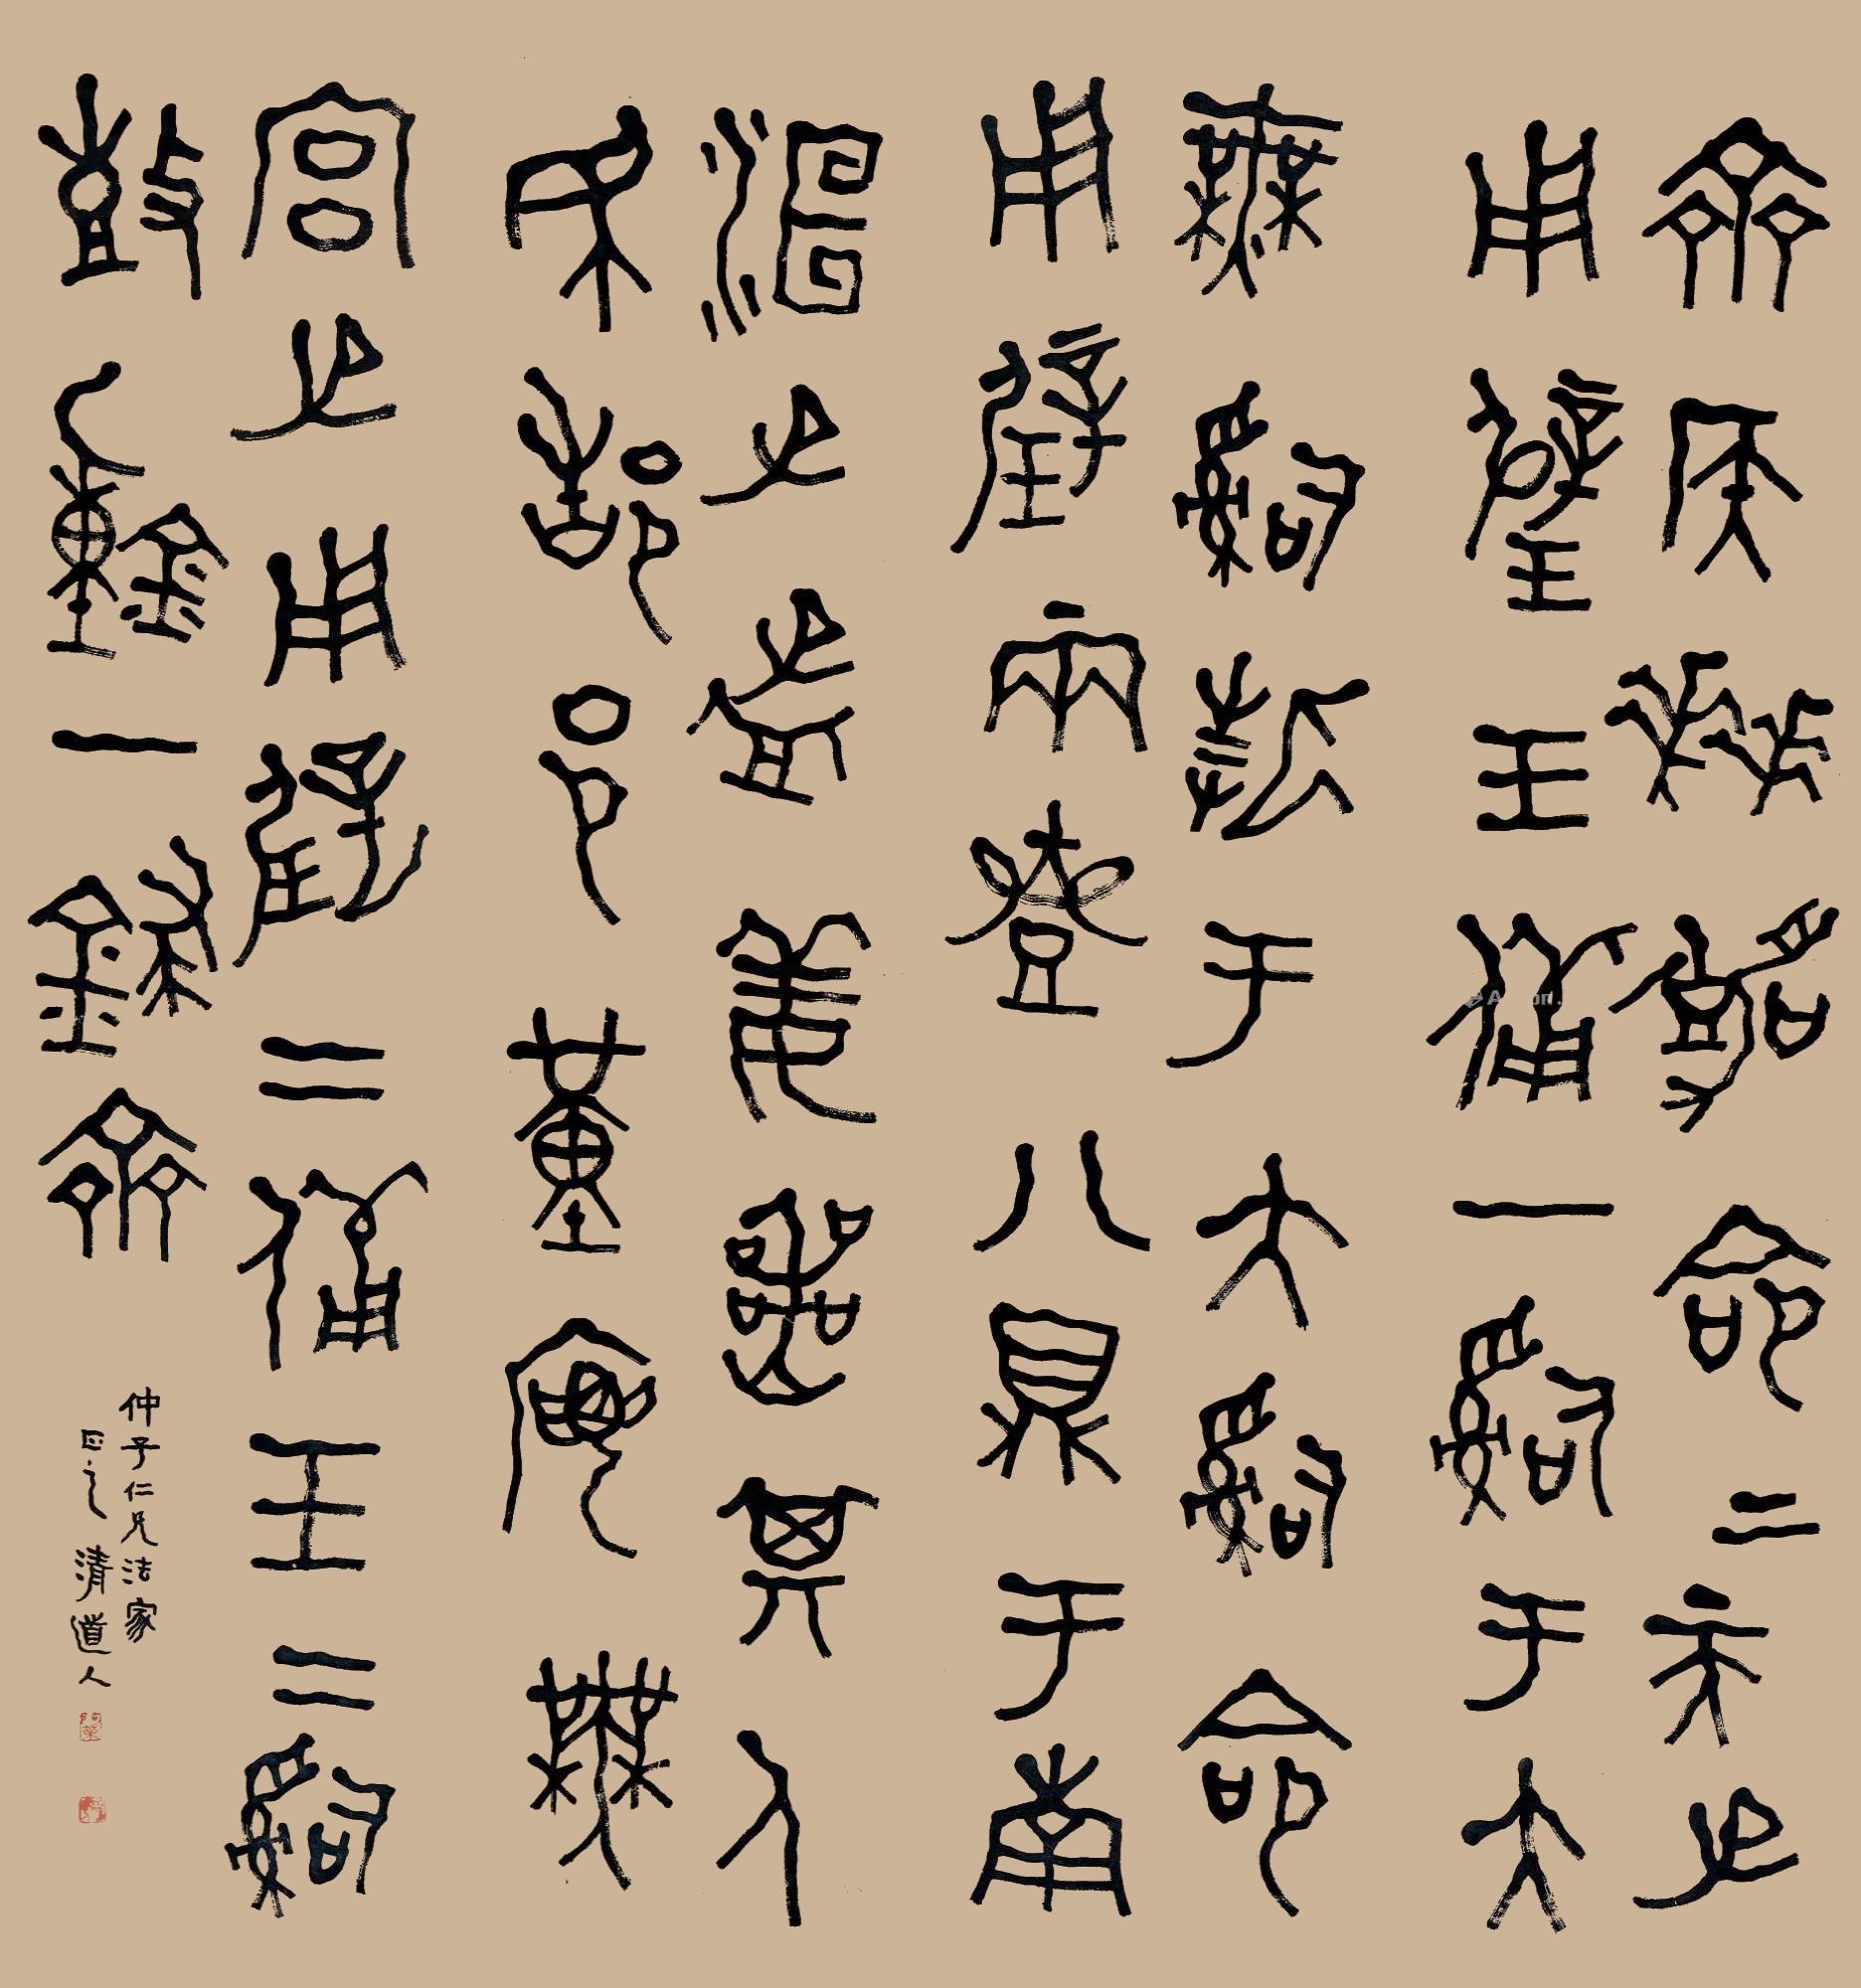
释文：（洹子孟姜丧，其人民、聚邑堇𪧘。）齐侯拜嘉命。上天子用璧、玉备一司，于大无、司折、于大司命用璧、两壶八鼎，于南宫子用璧二、备玉二司、鼓钟一銉。齐。仲子仁兄法家正之，清道人。